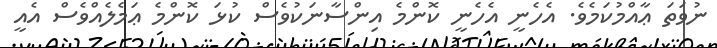
ނުވަތަ ޢާއްމުކަމެވެ. އެހެނީ އެހެނީ ކޮންމެ އިންސާނަކުވެސް ކުޅަ ކޮންމެ ޢަމެލެއްވެސް އެއީ